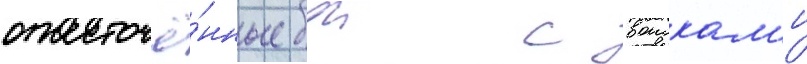
ожесточё́нные бои с воискам'и